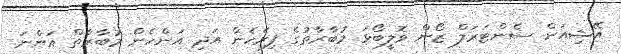
އޭޝިއަން ސެންޓަރަލް ޒޯން ވޮލީބޯޅަ މުބާރާތުގެ ފިރެހެން އަދި އަންހެން މުބާރާތް އަންނަ